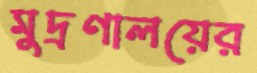
মুদ্রণালয়ের